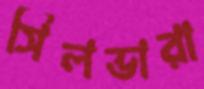
সিলভারা